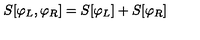
S [ \varphi _ { L } , \varphi _ { R } ] = S [ \varphi _ { L } ] + S [ \varphi _ { R } ]